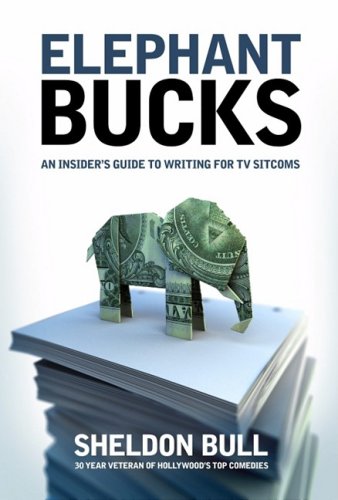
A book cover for Elephant Bucks: An Inside Guide to Writing for TV Sitcoms; Sheldon Bull; Humor & Entertainment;